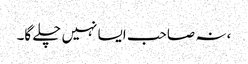
، نہ صاحب ایسا نہیں چلے گا۔